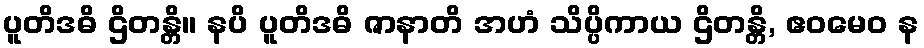
ပူတိဒဓိ ဌိတန္တိ။ နပိ ပူတိဒဓိ ဇာနာတိ အဟံ သိပ္ပိကာယ ဌိတန္တိ, ဧဝမေဝ န